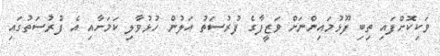
ވަކިކޮށްފައި ތިބި ފޫޅުމައިންނަށް ވަޒީފާގެ ފުރުސަތު އަލުން ހުޅުވާލި ކަމަށާއި އެ ފުރުސަތުގައި